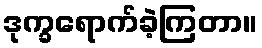
ဒုက္ခရောက်ခဲ့ကြတာ။